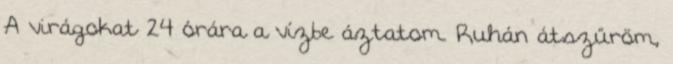
A virágokat 24 órára a vízbe áztatom. Ruhán átszűröm,